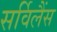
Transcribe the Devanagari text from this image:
सर्विलैंस